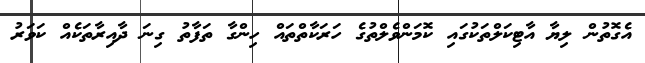
އެގޮތުން ލިޔާ އާޓިކަލްތަކުގައި ކޮމަންވެލްތުގެ ހަރަކާތްތައް ހިންގާ ތަފާތު ގިނަ ދާއިރާތަކެއް ކަވަރު